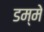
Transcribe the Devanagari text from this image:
डम्मे